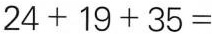
$$24+19+35=$$